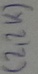
Text: (2,2K)